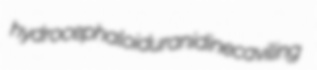
hydrocephaloid uranidine caviling